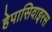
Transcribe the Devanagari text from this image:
हेपासिवाइरस